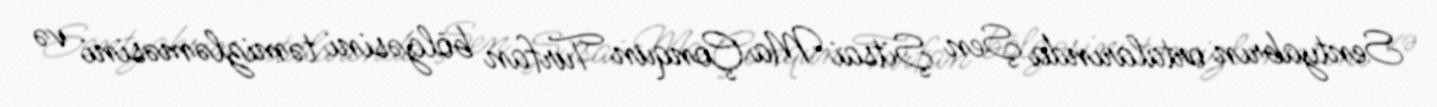
Sentyabrın ortalarında Şen Şitsai Ma Çonqun Turfan bölgəsini təmizləməsini və